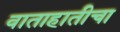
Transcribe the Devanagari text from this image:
वाताहातीचा